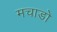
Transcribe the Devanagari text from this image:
मचाडो